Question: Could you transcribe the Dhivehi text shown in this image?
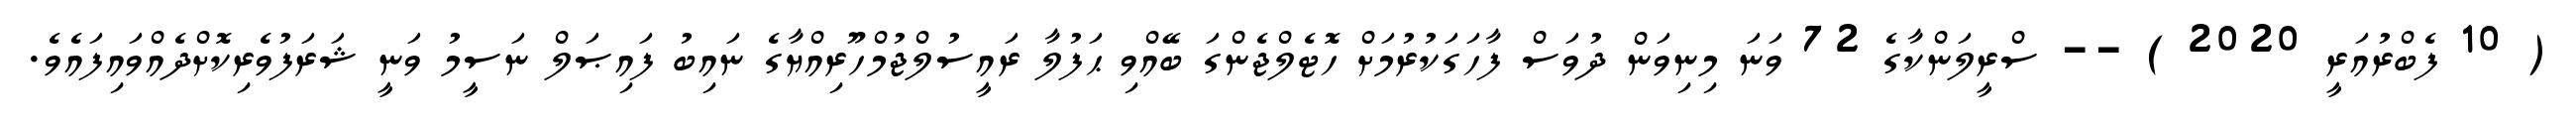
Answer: ( 10 ފެބްރުއަރީ 2020 ) -- ސްރީލަންކާގެ 72 ވަނަ މިނިވަން ދުވަސް ފާހަގަކުރުމަށް ހޮޓެލްޖެންގަ ބޭއްވި ޙަފުލާ ރައީސުލްޖުމްހޫރިއްޔާގެ ނައިބު ފައިޞަލް ނަސީމު ވަނީ ޝަރަފުވެރިކޮށްދެއްވައިފައެވެ.